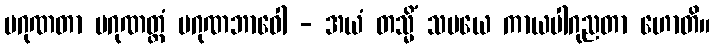
ပဂုဏတာ ပဂုဏတ္တံ ပဂုဏဘာဝေါ - အယံ တသ္မိံ သမယေ ကာယပါဂုညတာ ဟောတိ။